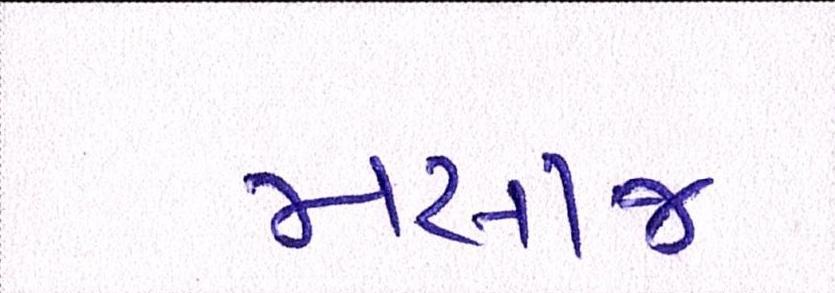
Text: મસાજ